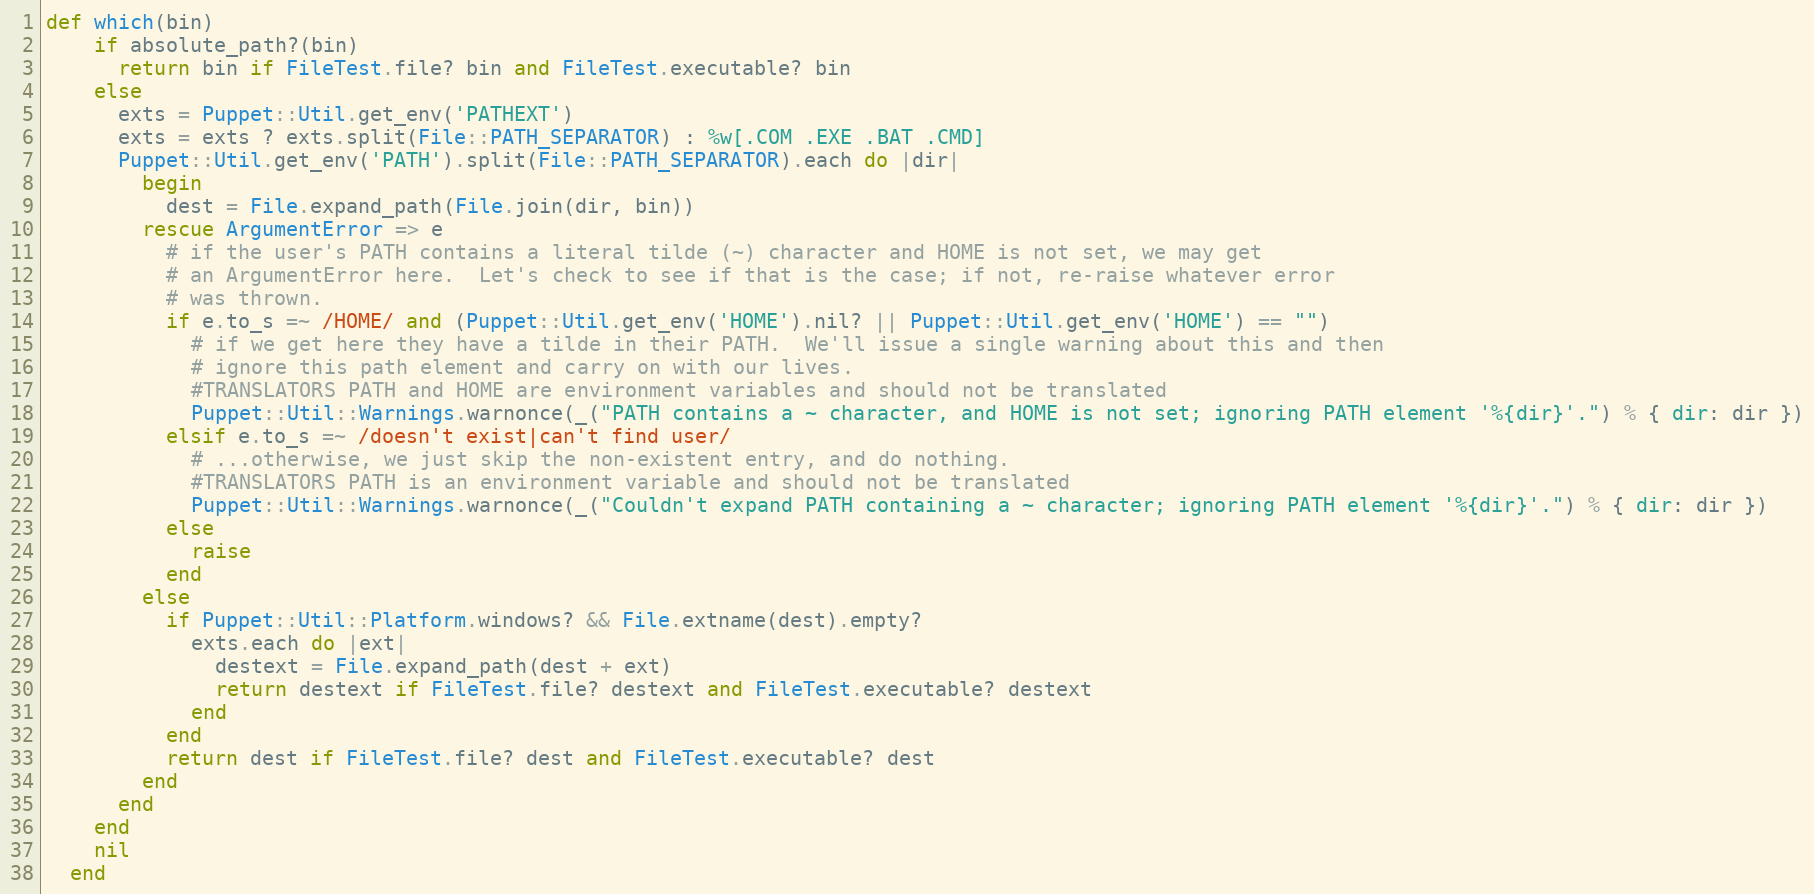
Language: Ruby
def which(bin)
    if absolute_path?(bin)
      return bin if FileTest.file? bin and FileTest.executable? bin
    else
      exts = Puppet::Util.get_env('PATHEXT')
      exts = exts ? exts.split(File::PATH_SEPARATOR) : %w[.COM .EXE .BAT .CMD]
      Puppet::Util.get_env('PATH').split(File::PATH_SEPARATOR).each do |dir|
        begin
          dest = File.expand_path(File.join(dir, bin))
        rescue ArgumentError => e
          # if the user's PATH contains a literal tilde (~) character and HOME is not set, we may get
          # an ArgumentError here.  Let's check to see if that is the case; if not, re-raise whatever error
          # was thrown.
          if e.to_s =~ /HOME/ and (Puppet::Util.get_env('HOME').nil? || Puppet::Util.get_env('HOME') == "")
            # if we get here they have a tilde in their PATH.  We'll issue a single warning about this and then
            # ignore this path element and carry on with our lives.
            #TRANSLATORS PATH and HOME are environment variables and should not be translated
            Puppet::Util::Warnings.warnonce(_("PATH contains a ~ character, and HOME is not set; ignoring PATH element '%{dir}'.") % { dir: dir })
          elsif e.to_s =~ /doesn't exist|can't find user/
            # ...otherwise, we just skip the non-existent entry, and do nothing.
            #TRANSLATORS PATH is an environment variable and should not be translated
            Puppet::Util::Warnings.warnonce(_("Couldn't expand PATH containing a ~ character; ignoring PATH element '%{dir}'.") % { dir: dir })
          else
            raise
          end
        else
          if Puppet::Util::Platform.windows? && File.extname(dest).empty?
            exts.each do |ext|
              destext = File.expand_path(dest + ext)
              return destext if FileTest.file? destext and FileTest.executable? destext
            end
          end
          return dest if FileTest.file? dest and FileTest.executable? dest
        end
      end
    end
    nil
  end